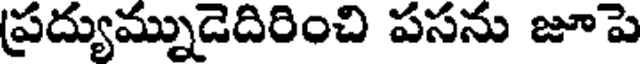
ప్రద్యుమ్నుడెదిరించి పసను జూపె